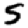
Digit: 5